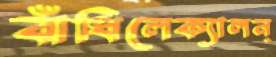
বাঁধিলেক্যালন্